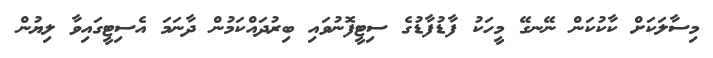
މިސާލަކަށް ކާކުކަން ނޭނގޭ މީހަކު ފާޑުފާޑުގެ ސިޓީފޮނުވައި ބިރުދައްކަމުން ދާނަމަ އެސިޓީގައިވާ ލިޔުން